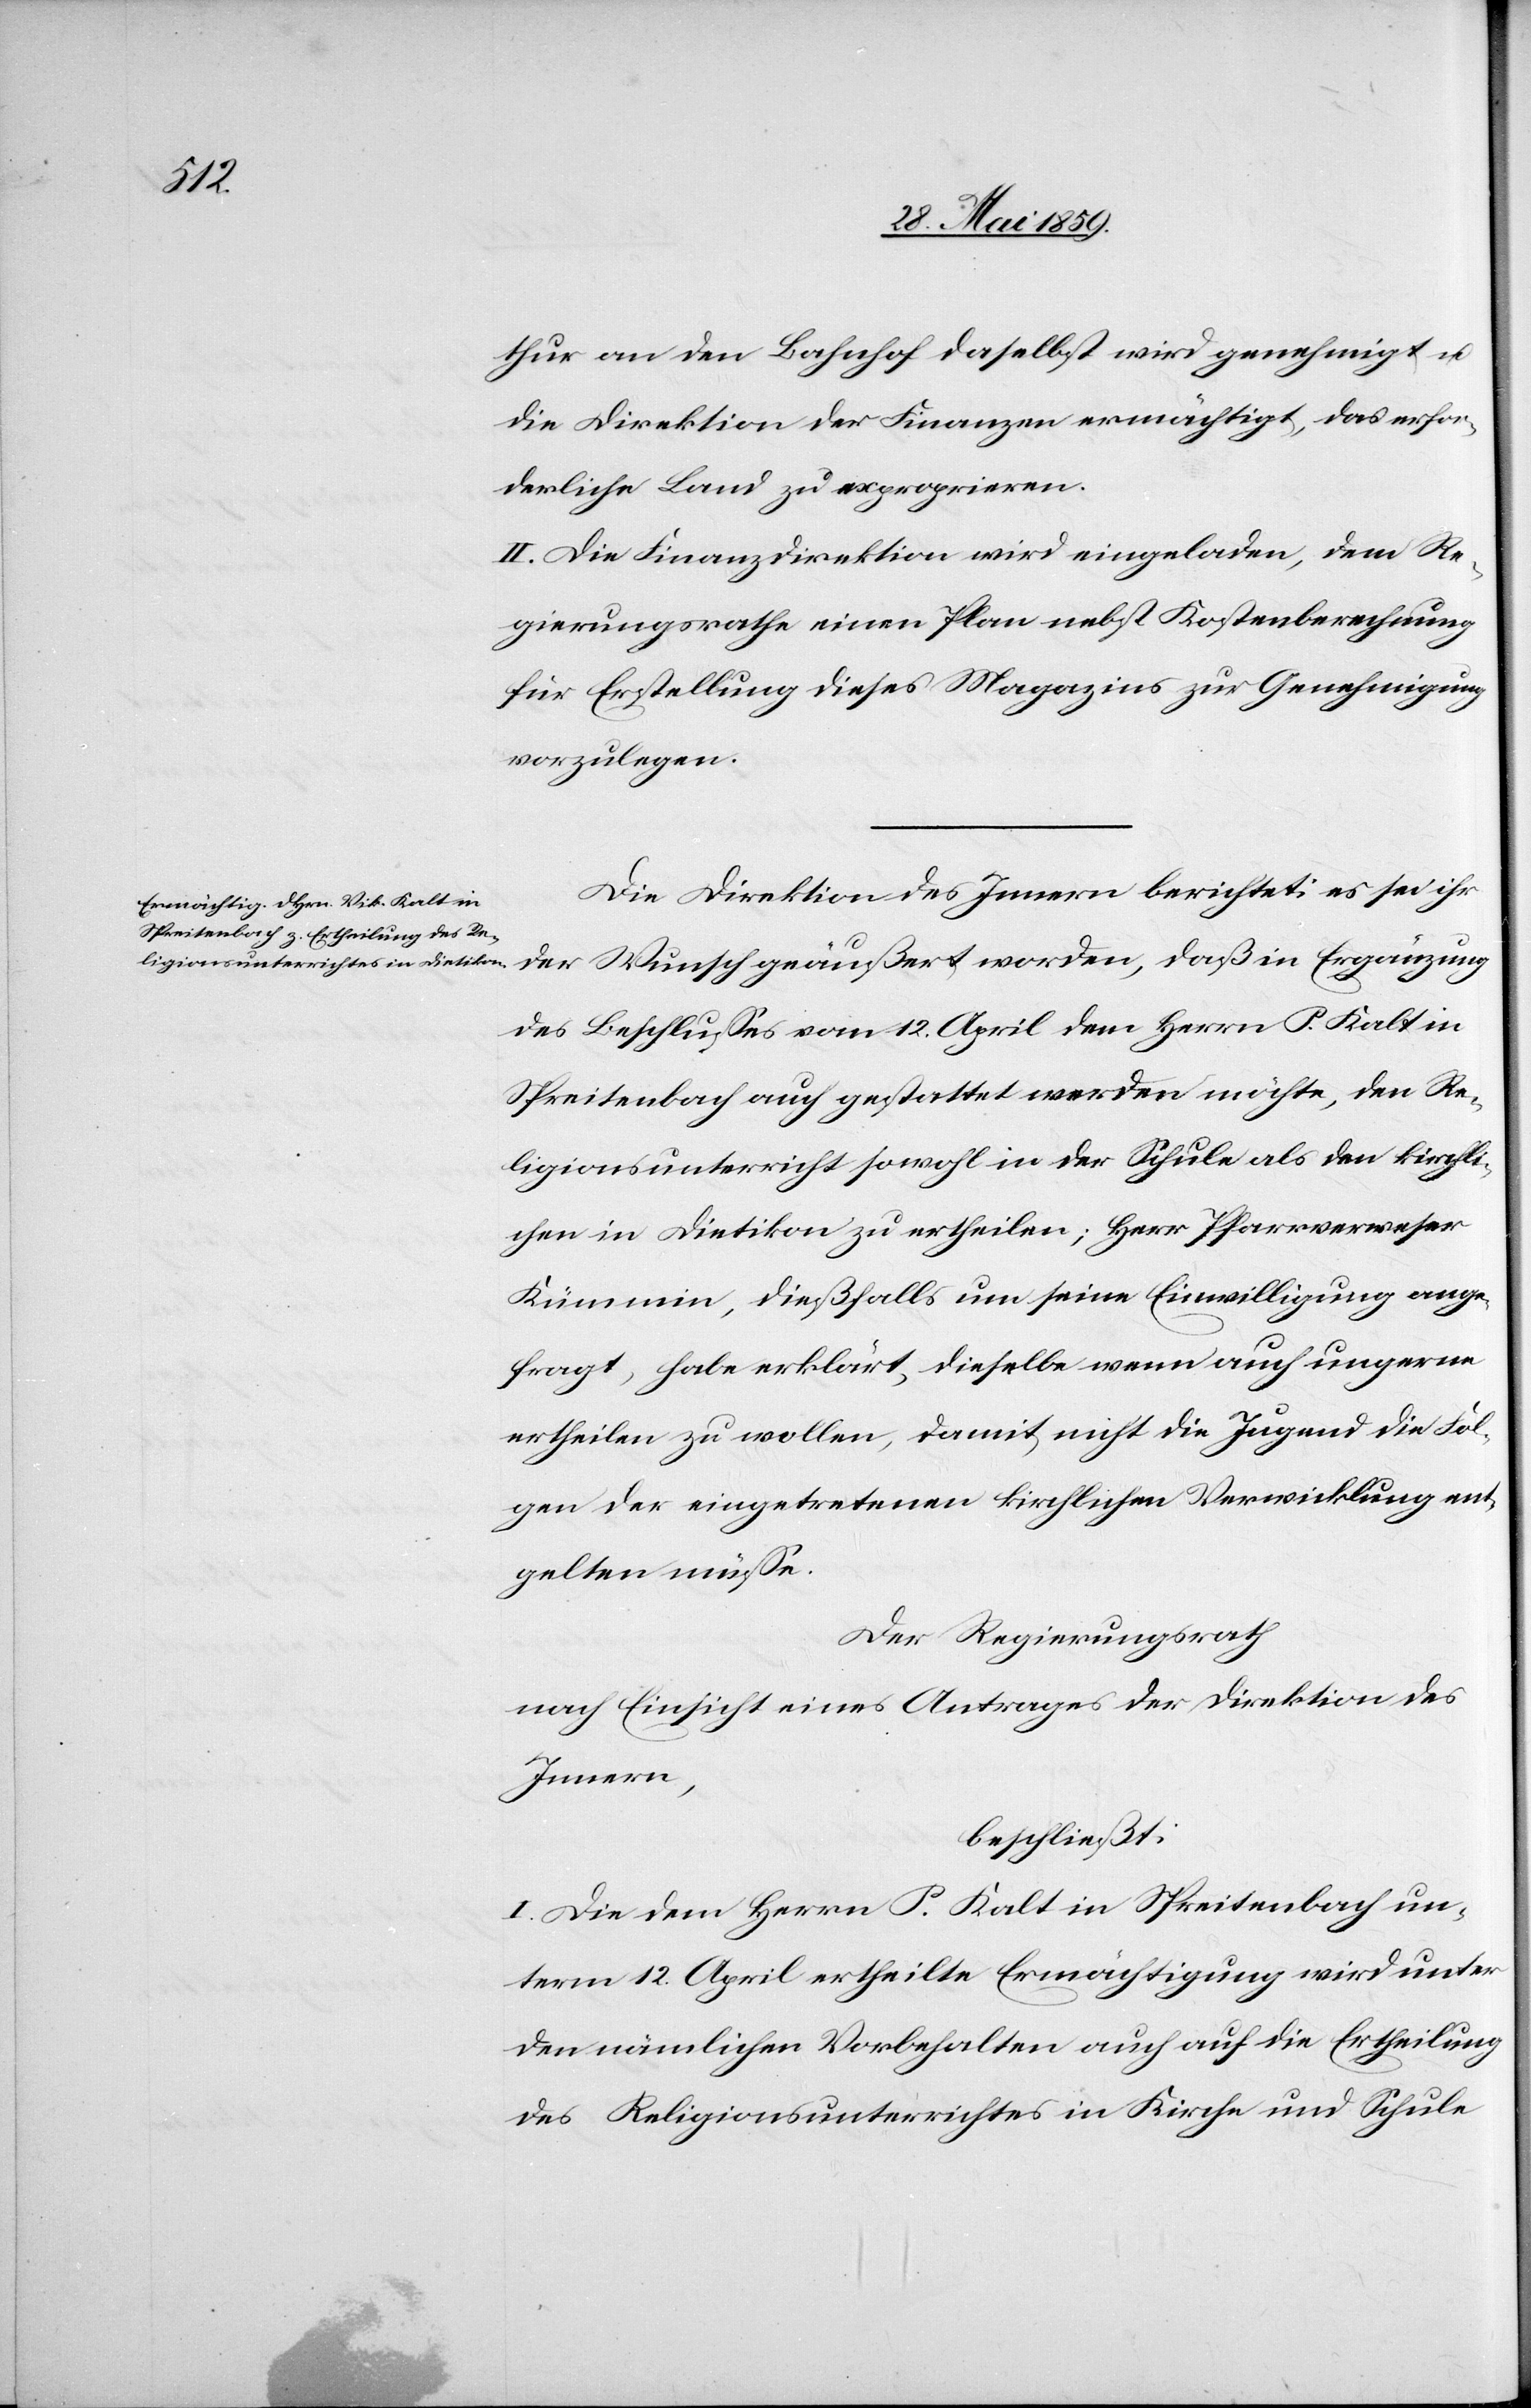
thur an den Bahnhof daselbst wird genehmigt u.
die Direktion der Finanzen ermächtigt, das erfor¬
derliche Land zu exproprieren.
II. Die Finanzdirektion wird eingeladen, dem Re¬
gierungsrathe einen Plan nebst Kostenberechnung
für Erstellung dieses Magazins zur Genehmigung
vorzulegen.
Die Direktion des Innern berichtet: es sei ihr
der Wunsch geäußert worden, daß in Ergänzung
des Beschlusses vom 12. April dem Herrn P. Kalt im
Spreitenbach auch gestattet werden möchte, den Re¬
ligionsunterricht sowohl in der Schule als den kirchli¬
chen in Dietikon zu ertheilen; Herr Pfarrverweser
Kümmin, dießfalls um seine Einwilligung ange¬
fragt, habe erklärt, dieselbe wenn auch ungerne
ertheilen zu wollen, damit nicht die Jugend die Fol¬
gen der eingetretenen kirchlichen Verwicklung ent¬
gelten müsse.
Der Regierungsrath
nach Einsicht eines Antrages der Direktion des
Innern,
beschließt:
I. Die dem Herrn P. Kalt in Spreitenbach un¬
term 12. April ertheilte Ermächtigung wird unter
den nämlichen Vorbehalten auch auf die Ertheilung
des Religionsunterrichtes in Kirche und Schule